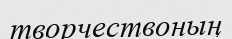
творчествоның